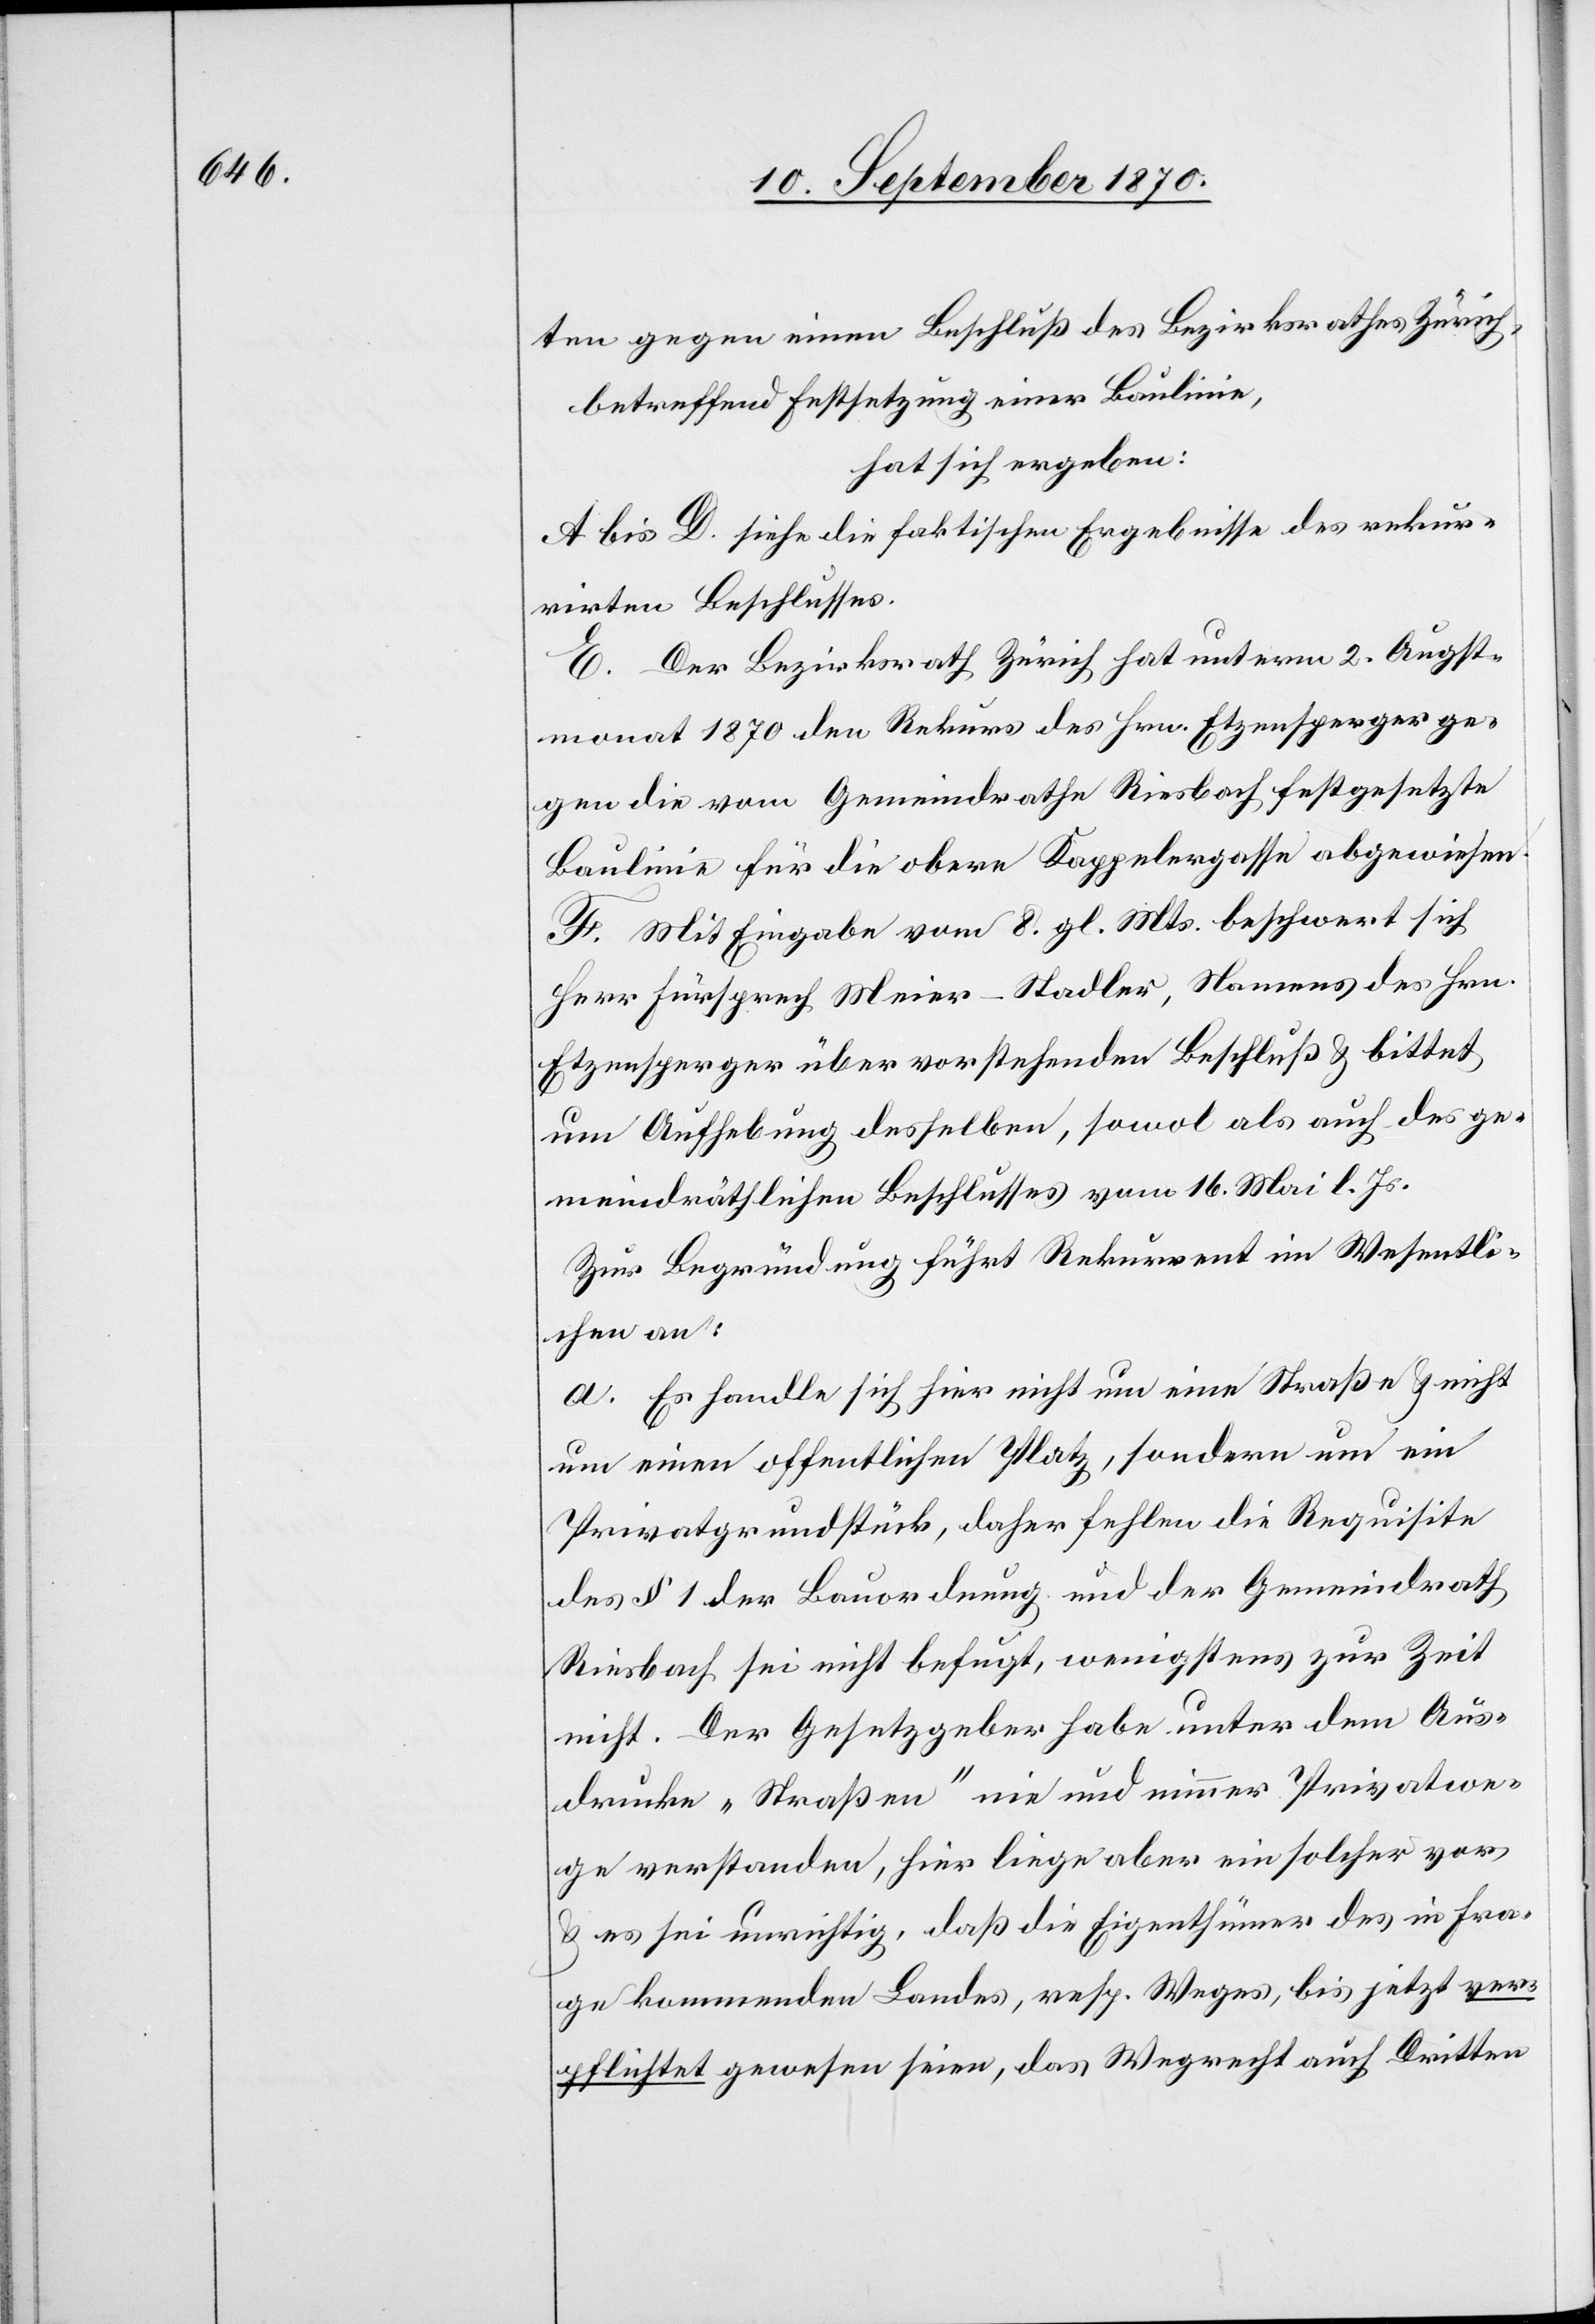
ten gegen einen Beschluß des Bezirksrathes Zürich,
betreffend Festsetzung einer Baulinie,
hat sich ergeben:
A bis D. siehe die faktischen Ergebnisse des rekur¬
rirten Beschlusses.
E. Der Bezirksrath Zürich hat unterm 2. Augst¬
monat 1870 den Rekurs des Hrn. Etzensperger ge¬
gen die vom Gemeindrathe Riesbach festgesetzte
Baulinie für die obere Kappelergasse abgewiesen.
F. Mit Eingabe vom 8. gl. Mts. beschwert sich
Herr Fürsprech Meier-Stadler, Namens des Hrn.
Etzensperger über vorstehenden Beschluß & bittet
um Aufhebung desselben, sowol als auch des ge¬
meindräthlichen Beschlusses vom 16. Mai l. Js.
Zur Begründung führt Rekurrent im Wesentli¬
chen an:
a. Es handle sich hier nicht um eine Straße & nicht
um einen offentlichen [sic!] Platz, sondern um ein
Privatgrundstück, daher fehlen die Requisite
des § 1 der Bauordnung und der Gemeindrath
Riesbach sei nicht befugt, wenigstens zur Zeit
nicht. Der Gesetzgeber habe unter dem Aus¬
drucke „Straßen“ nie und nimmer Privatwe¬
ge verstanden, hier liege aber ein solcher vor
& es sei unrichtig, daß die Eigenthümer des in Fra¬
ge kommenden Landes, resp. Weges, bis jetzt ver¬
pflichtet gewesen seien, das Wegrecht auch Dritten